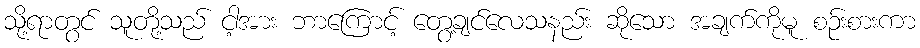
သို့ရာတွင် သူတို့သည် ငါ့အား ဘာကြောင့် တွေ့ချင်လေသနည်း ဆိုသော အချက်ကိုမူ စဉ်းစားကာ